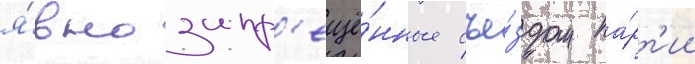
я́вно запр'ещё́нные съе́здом па́рт'ии